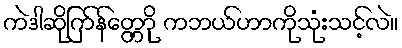
ကဲဒါဆိုြက်န်တ္တောို့ ကဘယ်ဟာကိုသုံးသင့်လဲ။